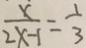
\frac { x } { 2 x - 1 } = \frac { 1 } { 3 }